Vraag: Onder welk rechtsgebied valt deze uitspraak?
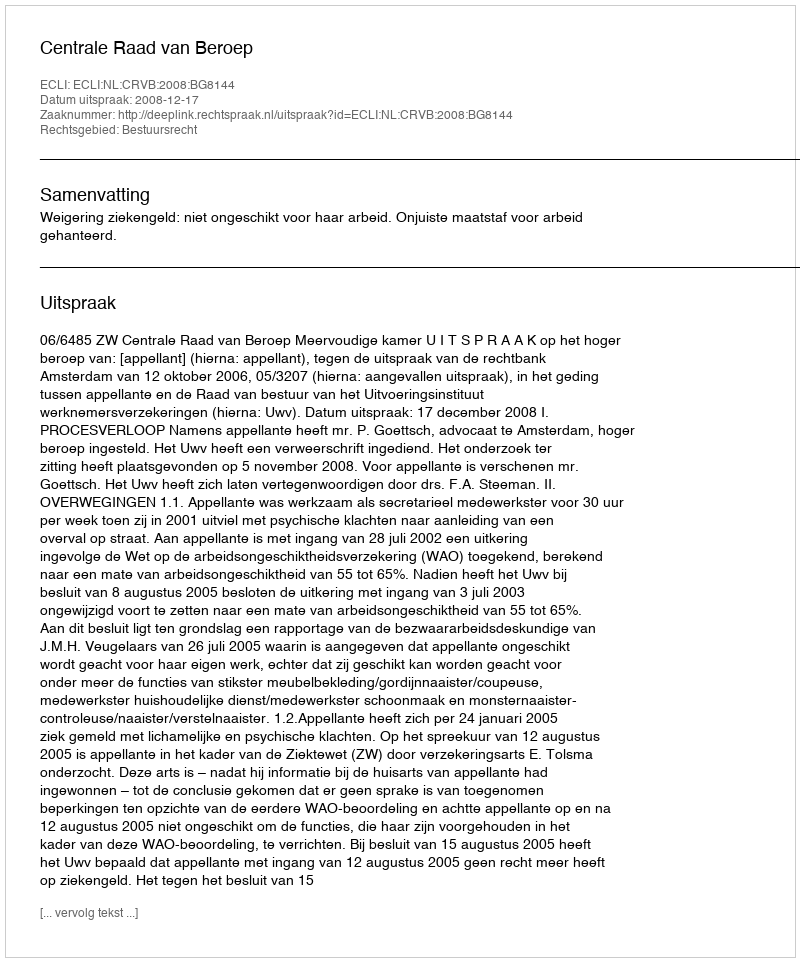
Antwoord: Bestuursrecht